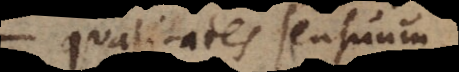
qualitates quasdam